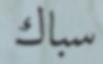
سباك